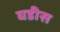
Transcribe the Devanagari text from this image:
घडीस